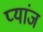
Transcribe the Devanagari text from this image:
प्यांज